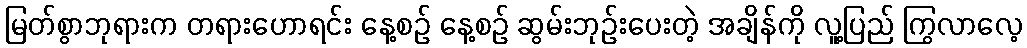
မြတ်စွာဘုရားက တရားဟောရင်း နေ့စဉ် နေ့စဉ် ဆွမ်းဘုဉ်းပေးတဲ့ အချိန်ကို လူ့ပြည် ကြွလာလေ့